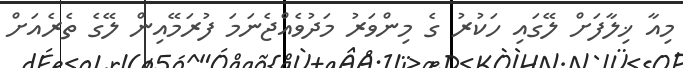
މިއާ ޚިލާފަށް ލޭގައި ހަކުރު ގެ މިންވަރު މަދުވެއްޖެނަމަ ފުރަމޭއިން ލޭގެ ތެރެއަށް